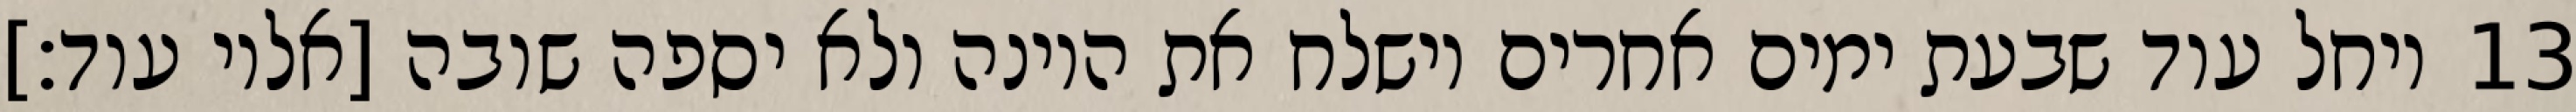
ויחל עוד שבעת ימים אחרים וישלח את היונה ולא יספה שובה [אליו עוד׃] ‎13‏